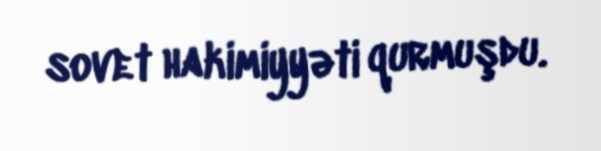
sovet hakimiyyəti qurmuşdu.